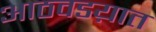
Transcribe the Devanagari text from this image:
आठवडय़ात